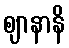
ဈာနာနိ